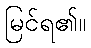
မြင်ရ၏။